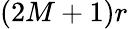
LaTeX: (2M+1)r